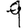
Digit: 9